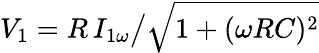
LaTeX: V_{1}=R\, I_{1\omega}\big/\sqrt{1+(\omega RC)^{2}}